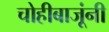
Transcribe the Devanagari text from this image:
चोहीबाजूंनी